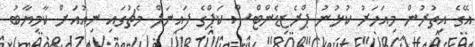
އޭގެ އިތުރުން މިއަހަރު ކުޅުނު ޕްރެޒިޑެންޓްސް ކަޕްގެ ފައިނަލް މެޗުގައި ނިއުއަށް ކާމިޔާބު